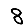
Digit: 8